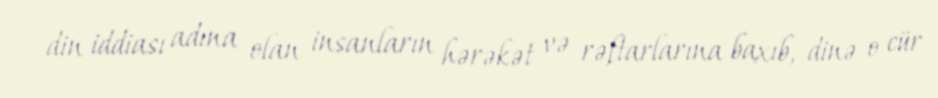
din iddiası adına olan insanların hərəkət və rəftarlarına baxıb, dinə o cür